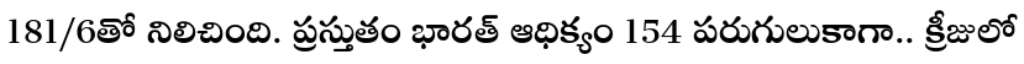
181/6తో నిలిచింది. ప్రస్తుతం భారత్ ఆధిక్యం 154 పరుగులుకాగా.. క్రీజులో